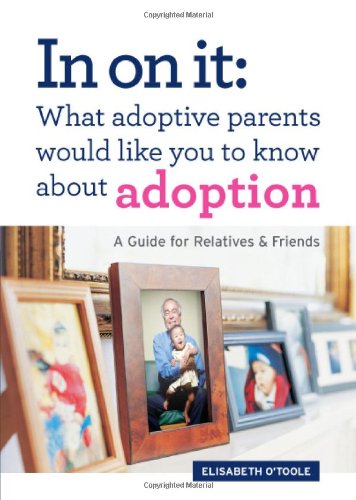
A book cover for In On It: What Adoptive Parents Would Like You To Know About Adoption. A Guide for Relatives and Friends. (Mom's Choice Award Winner); Elisabeth O'Toole; Parenting & Relationships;